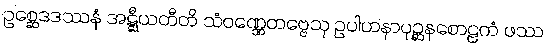
ဥစ္ဆေဒဒဿနံ အဋ္ဋီယတီတိ သံဝဏ္ဏေတဗ္ဗေသု ဥပါဟနာပုဉ္ဆနစောဠကံ ဖဿ